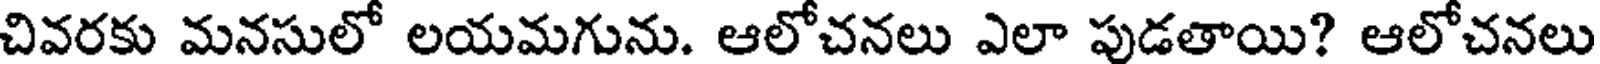
చివరకు మనసులో లయమగును. ఆలోచనలు ఎలా పుడతాయి? ఆలోచనలు